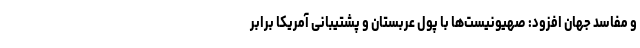
و مفاسد جهان افزود: صهیونیست‌ها با پول عربستان و پشتیبانی آمریکا برابر